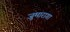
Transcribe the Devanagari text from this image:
जुमारागा